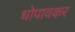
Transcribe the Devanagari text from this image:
धोपावकर